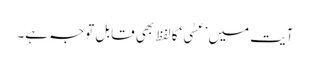
آیت میں ’عَسٰی‘کا لفظ بھی قابل توجہ ہے۔